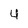
Character: 4